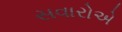
સવારોએ